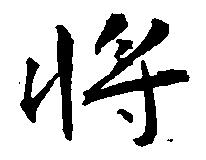
将